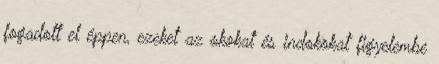
fogadott el éppen, ezeket az okokat és indokokat figyelembe